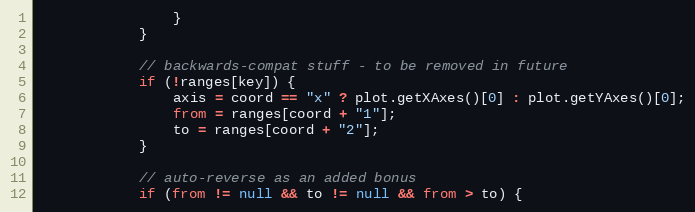
Language: JavaScript
                }
            }

            // backwards-compat stuff - to be removed in future
            if (!ranges[key]) {
                axis = coord == "x" ? plot.getXAxes()[0] : plot.getYAxes()[0];
                from = ranges[coord + "1"];
                to = ranges[coord + "2"];
            }

            // auto-reverse as an added bonus
            if (from != null && to != null && from > to) {